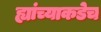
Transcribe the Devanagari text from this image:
ह्यांच्याकडेच